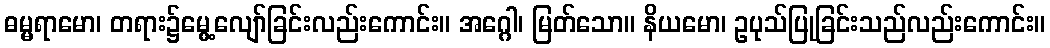
ဓမ္မရာမော၊ တရား၌မွေ့လျော်ခြင်းလည်းကောင်း။ အဂ္ဂေါ၊ မြတ်သော။ နိယမော၊ ဥပုသ်ပြုခြင်းသည်လည်းကောင်း။